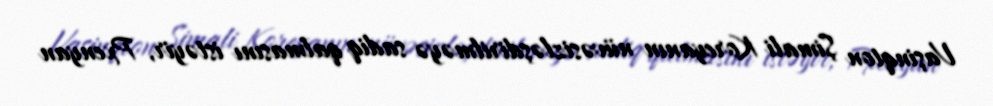
Vaşinqton Şimali Koreyanın nüvəsizləşdirilməyə sadiq qalmasını istəyir, Pxenyan